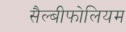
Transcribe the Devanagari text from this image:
सैल्बीफोलियम